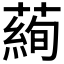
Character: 𦻖